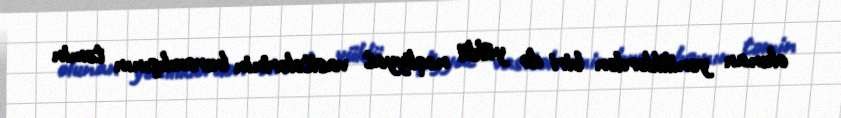
olunan yeniliklərdən biri də yüklü nəqliyyat vasitələrinin buraxılışının təmin